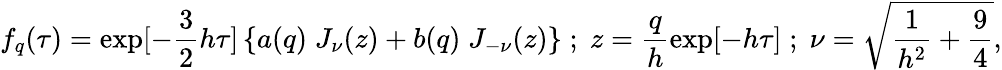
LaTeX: f_{q}(\tau)=\exp[-\frac{3}{2}h\tau]\left\{ a(q)\; J_{\nu}(z)+b(q)\; J_{-\nu}(z)\right\} \; ;\; z=\frac{q}{h}\exp[-h\tau]\; ;\; \nu=\sqrt{\frac{1}{h^{2}}+\frac{9}{4}},